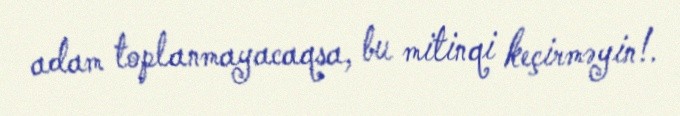
adam toplanmayacaqsa, bu mitinqi keçirməyin!.